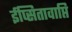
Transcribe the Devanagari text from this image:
ईप्सितावाप्ति